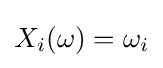
X_{i}(\omega )=\omega _{i}